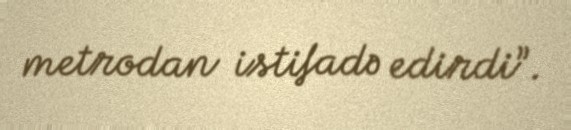
metrodan istifadə edirdi”.